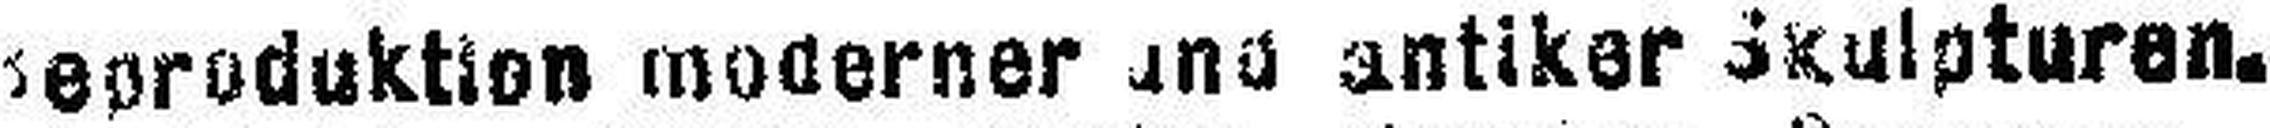
Reproduktion moderner und antiker Skulpturen.